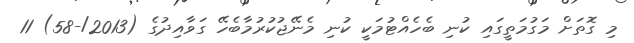
މި ގޮތަށް މަގުމަތީގައި ކުނި ބެހެއްޓުމަކީ ކުނި މެނޭޖުކުރުމާބެހޭ ގަވާއިދުގެ (2013/-58) 11